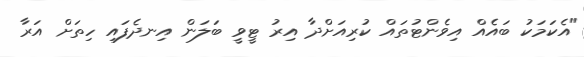
"އެކަމަކު ބައެއް އިވެންޓުތައް ކުރިއަށްދާ އިރު ޓީވީ ބަލަން އިނދެފައި ހިތަށް އަރާ